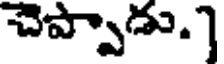
చెప్పాడు.)